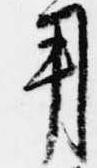
用